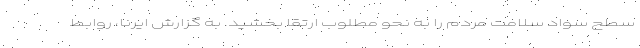
سطح سواد سلامت مردم را به نحو مطلوب ارتقا بخشید. به گزارش ایرنا، روابط